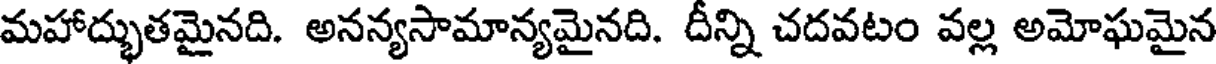
మహాద్భుతమైనది. అనన్యసామాన్యమైనది. దీన్ని చదవటం వల్ల అమోఘమైన